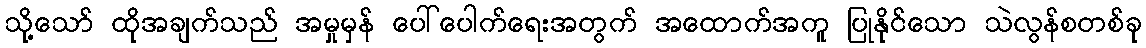
သို့သော် ထိုအချက်သည် အမှုမှန် ပေါ်ပေါက်ရေးအတွက် အထောက်အကူ ပြုနိုင်သော သဲလွန်စတစ်ခု